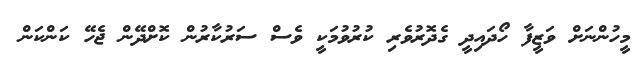
މީހުންނަށް ވަޒީފާ ހޯދައިދީ ގެދޮރުވެރި ކުރުވުމަކީ ވެސް ސަރުކާރުން ކޮށްދޭން ޖެހޭ ކަންކަން